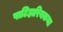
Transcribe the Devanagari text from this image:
पाटिहारियकथा